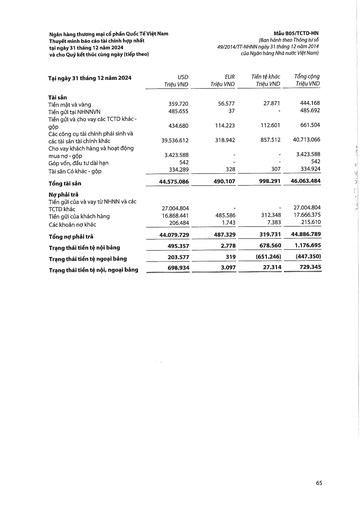
|Tại ngày 31 tháng 12 năm 2024|USD Triệu VND|EUR Triệu VND|Tiền tệ khác Triệu VND|Tổng cộng Triệu VND| |---|---|---|---|---| |Tài sản||||| |Tiền mặt và vàng|359.720|56.577|27.871|444.168| |Tiền gửi tại NHNNVN|485.655|37|-|485.692| |Tiền gửi và cho vay các TCTD khác - gộp|434.680|114.223|112.601|661.504| |Các công cụ tài chính phái sinh và các tài sản tài chính khác|39.536.612|318.942|857.512|40.713.066| |Cho vay khách hàng và hoạt động mua nợ-gộp|3.423.588|-|-|3.423.588| |Góp vốn, đầu tư dài hạn|542|-|-|542| |Tài sản Có khác gộp|334.289|328|307|334.924| |Tổng tài sản|44.575.086|490.107|998.291|46.063.484| |Nợ phải trả||||| |Tiền gửi của và vay từ NHNN và các||||| |TCTD khác|27.004.804|-|-|27.004.804| |Tiền gửi của khách hàng|16.868.441|485,586|312.348|17.666.375| |Các khoản nợ khác|206.484|1.743|7.383|215.610| |Tổng nợ phải trả|44.079.729|487.329|319.731|44.886.789| |Trạng thái tiền tệ nội bảng|495.357|2.778|678.560|1.176.695| |Trạng thái tiền tệ ngoại bảng|203.577|319|(651.246)|(447.350)| |Trạng thái tiền tệ nội, ngoại bảng|698.934|3.097|27.314|729.345|